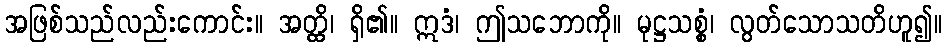
အဖြစ်သည်လည်းကောင်း။ အတ္ထိ၊ ရှိ၏။ ဣဒံ၊ ဤသဘောကို။ မုဋ္ဌသစ္စံ၊ လွတ်သောသတိဟူ၍။